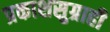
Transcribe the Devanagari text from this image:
प्रकाशसुग्राही